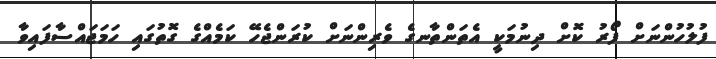
ފުލުހުންނަށް ފޯރު ކޮށް ދިނުމަކީ އެތަންތާނގެ ވެރިންނަށް ކުރަންޖެހޭ ކަމެއްގެ ގޮތުގައި ހަމަޖައްސާފައިވާ